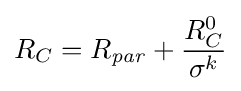
R_{C}=R_{\it {par}}+{\frac {R_{C}^{0}}{\sigma ^{k}}}